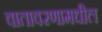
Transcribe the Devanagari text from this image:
वातावरणामधील